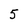
Character: 5